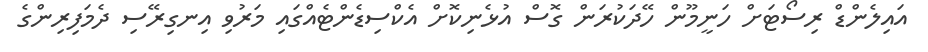
އައިލެންޑް ރިސޯޓަށް ހަނީމޫން ހޭދަކުރަން ގޮސް އުޅެނިކޮށް އެކްސިޑެންޓެއްގައި މަރުވި އިނގިރޭސި ދެމަފިރިންގެ